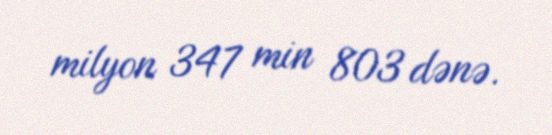
milyon 347 min 803 dənə.